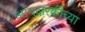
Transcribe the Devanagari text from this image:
आमदारकीच्या